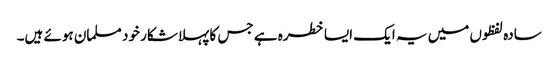
سادہ لفظوں میں یہ ایک ایسا خطرہ ہے جس کا پہلا شکار خود مسلمان ہوئے ہیں۔